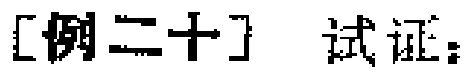
[例二十] 试证：